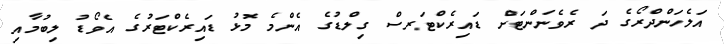
އަލެހަންދްރޯގެ ދަ ރެވެނަންޓަށް ޑައިރެކްޓަރސް ގިލްޑުގެ އެންމެ މޮޅު ޑައިރެކްޓަރުގެ އެވޯޑު ލިބުމާއި